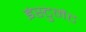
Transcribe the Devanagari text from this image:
इंस्टुमेंट